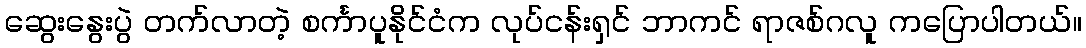
ဆွေးနွေးပွဲ တက်လာတဲ့ စင်္ကာပူနိုင်ငံက လုပ်ငန်းရှင် ဘာကင် ရာဇစ်ဂလူ ကပြောပါတယ်။